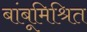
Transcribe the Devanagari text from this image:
बांबूमिश्रित